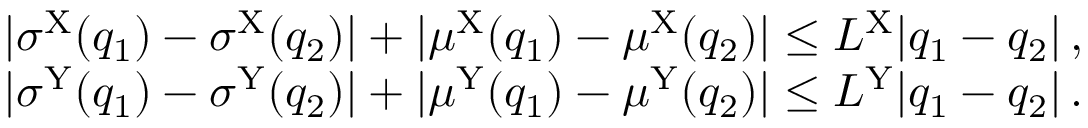
\begin{array} { r l } & { | \sigma ^ { \mathrm { X } } ( q _ { 1 } ) - \sigma ^ { \mathrm { X } } ( q _ { 2 } ) | + | \mu ^ { \mathrm { X } } ( q _ { 1 } ) - \mu ^ { \mathrm { X } } ( q _ { 2 } ) | \leq L ^ { \mathrm { X } } | q _ { 1 } - q _ { 2 } | \, , } \\ & { | \sigma ^ { \mathrm { Y } } ( q _ { 1 } ) - \sigma ^ { \mathrm { Y } } ( q _ { 2 } ) | + | \mu ^ { \mathrm { Y } } ( q _ { 1 } ) - \mu ^ { \mathrm { Y } } ( q _ { 2 } ) | \leq L ^ { \mathrm { Y } } | q _ { 1 } - q _ { 2 } | \, . } \end{array}